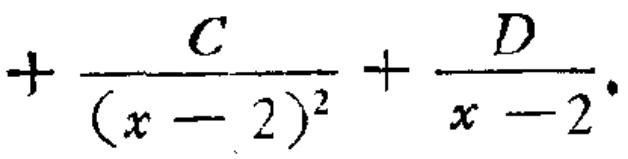
$+\frac{C}{(x - 2)^2}+\frac{D}{x - 2}.$